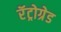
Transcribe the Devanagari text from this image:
रॅट्रोग्रेड